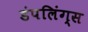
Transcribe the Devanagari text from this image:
डंपलिंग्स